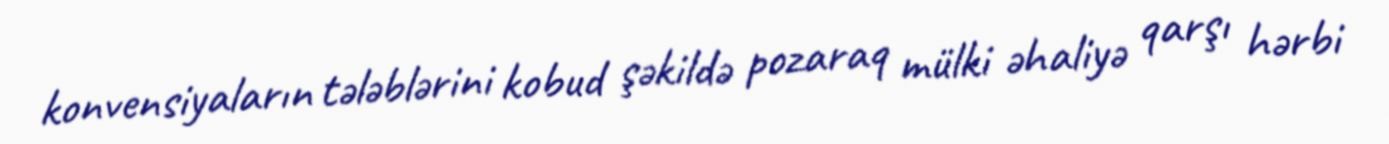
konvensiyaların tələblərini kobud şəkildə pozaraq mülki əhaliyə qarşı hərbi